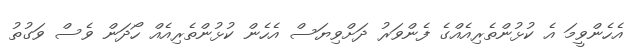
އެހެންވީމަ އެ ކުޅުންތެރިއެއްގެ ފެންވަރު ދަށްވިޔަސް އެހެން ކުޅުންތެރިއެއް ހޯދަން ވެސް ވަގުތު